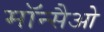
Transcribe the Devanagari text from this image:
मॉन्सैओ